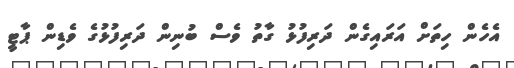
އެހެން ހިތަށް އަރައިގެން ދަރިފުޅު ގާތު ވެސް ބުނިން ދަރިފުޅުގެ ވެޑިން ޕާޓީ